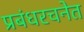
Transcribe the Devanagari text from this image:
प्रबंधरचनेत